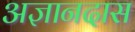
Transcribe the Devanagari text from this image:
अज्ञानदास